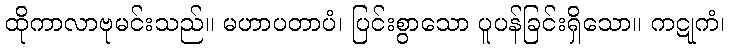
ထိုကာလာဗုမင်းသည်။ မဟာပတာပံ၊ ပြင်းစွာသော ပူပန်ခြင်းရှိသော။ ကဋုကံ၊